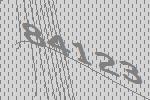
84123